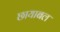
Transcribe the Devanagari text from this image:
छायाबल